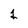
Character: 1